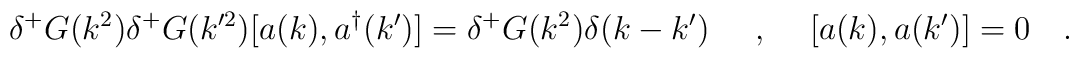
\delta^+ G(k^2)\delta^+ G(k'^2) [a(k),a^{\dagger}(k')]=\delta^+ G(k^2) \delta(k-k')\makebox[.5in]{,}[a(k),a(k')]=0~~~.